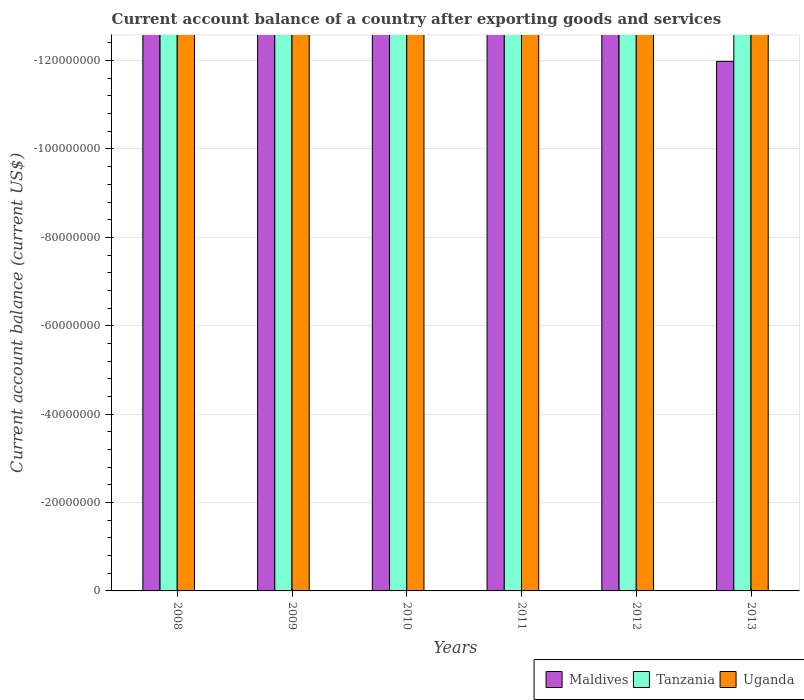
| Years | Maldives | Tanzania | Uganda |
 | --- | --- | --- | --- |
 | 2008 | -6.12e+08 | -2.58e+09 | -1.27e+09 |
 | 2009 | -2.21e+08 | -1.81e+09 | -1.09e+09 |
 | 2010 | -1.96e+08 | -1.96e+09 | -1.7e+09 |
 | 2011 | -3.93e+08 | -3.99e+09 | -2.11e+09 |
 | 2012 | -1.86e+08 | -3.77e+09 | -1.67e+09 |
 | 2013 | -1.2e+08 | -4.7e+09 | -2e+09 |